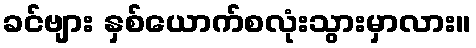
ခင်ဗျား နှစ်ယောက်စလုံးသွားမှာလား။